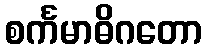
စင်္ကမာဓိဂတော